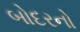
બોદરનો